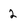
Character: 2